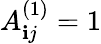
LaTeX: A_{\mathbf{i}j}^{(1)}=1